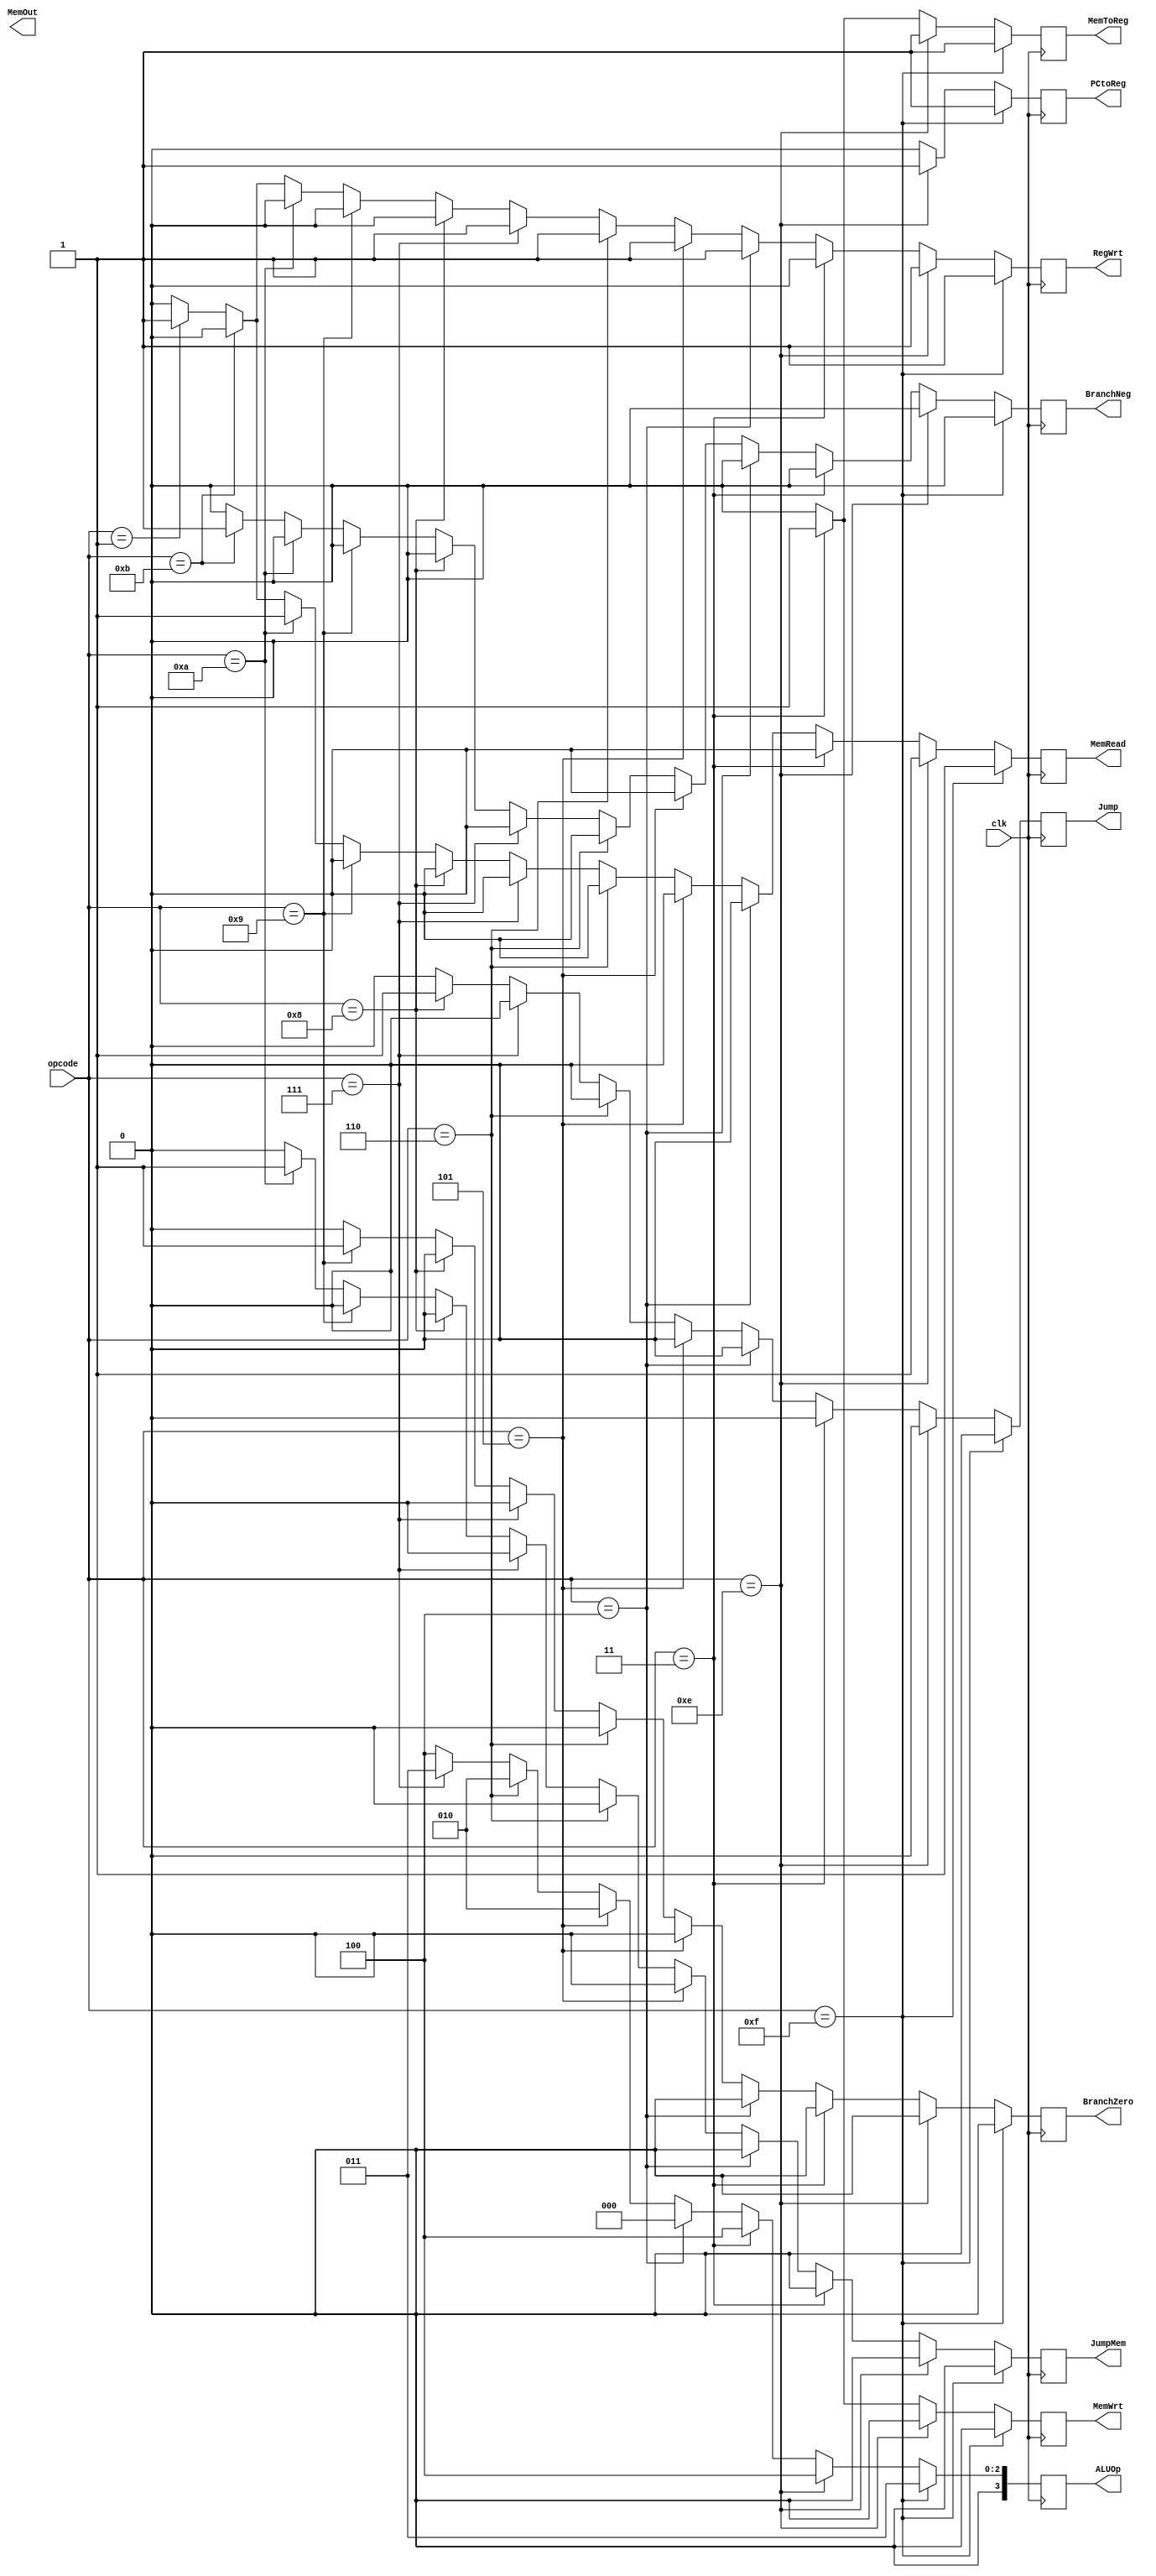
`timescale 1ns / 1ps
//////////////////////////////////////////////////////////////////////////////////
// Company: 
// Engineer: 
// 
// Design Name: 
// Module Name: ControlBlock
// Project Name: 
// Target Devices: 
// Tool Versions: 
// Description: 
// 
// Dependencies: 
// 
// Revision:
// Revision 0.01 - File Created
// Additional Comments:
// 
//////////////////////////////////////////////////////////////////////////////////


module ControlBlock(clk,opcode,RegWrt, MemToReg, PCtoReg,ALUOp, MemRead, MemWrt,
 BranchNeg, BranchZero, Jump, JumpMem, MemOut);
input [3:0] opcode;
input clk;
output reg RegWrt;
output reg MemToReg;
output reg PCtoReg;
output reg [3:0]ALUOp;
output reg MemRead;
output reg MemWrt;
output reg BranchNeg;
output reg BranchZero;
output reg Jump;
output reg JumpMem;

output reg [6:0]MemOut;

always@(negedge clk)

begin
RegWrt=0;
MemToReg=0;
PCtoReg=0;
ALUOp=4'b0100;
MemRead=0;
MemWrt=0;
BranchNeg=0;
BranchZero=0;
Jump=0;
JumpMem=0;

//NOP keep everything @ zero

//SavePC
if(opcode==4'b1111)
    begin
    ALUOp=4'b0011;
    RegWrt=1;
    MemToReg=1;
    PCtoReg=1;
    MemRead=1;
    end
//Load
else if(opcode==4'b1110)
    begin
    RegWrt=1;
    MemToReg=1;
    PCtoReg=1;
    MemRead=1;
    end

//Store
else if (opcode==4'b0011)
    begin
    MemToReg=1;
    MemWrt=1;
    end

//Add
else if(opcode==4'b0100)
    begin
    ALUOp=4'b0000;
    RegWrt=1;
    end
//Increment
else if(opcode==4'b0101)
    begin
    RegWrt=1;
    ALUOp=4'b0010;
    end
//Negate
else if(opcode==4'b0110)
    begin
    RegWrt=1;
    ALUOp=4'b0010;
    end
//Subtract
else if(opcode==4'b0111)
    begin
    RegWrt=1;
    ALUOp=4'b0011;
    end
//Jump
else if(opcode==4'b1000)
    begin
    Jump=1;
    end
//BranchifZero
else if(opcode==4'b1001)
    begin
    BranchZero=1;
    end
//JumpMemory
else if(opcode==4'b1010)
    begin
    MemRead=1;
    JumpMem=1;
    end
//BranchifNegitive
else if(opcode==4'b1011)
    begin
    BranchNeg=1;
    end
//MAX
else if(opcode==4'b0001)
    begin
    RegWrt=1;
    MemRead=1;
    end
end

endmodule